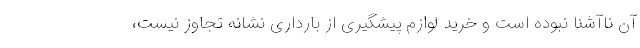
آن ناآشنا نبوده است و خرید لوازم پیشگیری از بارداری نشانه تجاوز نیست،